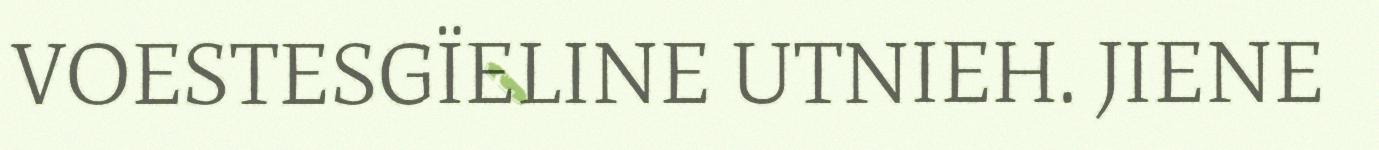
VOESTESGÏELINE UTNIEH. JIENE